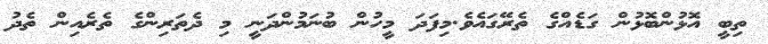
ތިބީ އޮޅުންބޮޅުން ގަޑެއްގެ ތެރޭގައެވެ.މިފަދަ މީހުން ބުނަމުންދަނީ މި ދެތަރިންގެ ތެރެއިން ތެދު